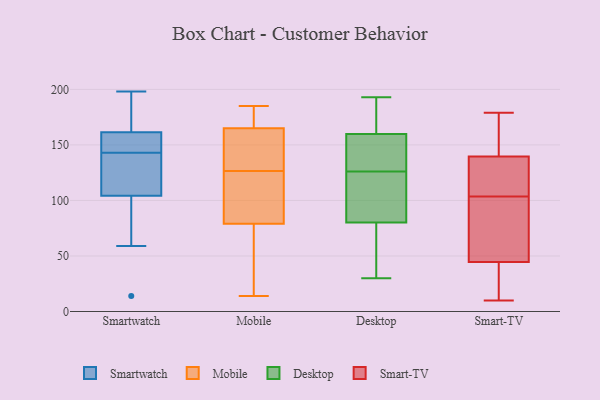
{"axis": {"x": "Demand Index", "y": "Value"}, "legend": ["Desktop", "Mobile", "Smart-TV", "Smartwatch"], "data": [{"x": "", "y": 180, "type": "Smartwatch"}, {"x": "", "y": 66, "type": "Smartwatch"}, {"x": "", "y": 140, "type": "Smartwatch"}, {"x": "", "y": 124, "type": "Smartwatch"}, {"x": "", "y": 160, "type": "Smartwatch"}, {"x": "", "y": 59, "type": "Smartwatch"}, {"x": "", "y": 123, "type": "Smartwatch"}, {"x": "", "y": 144, "type": "Smartwatch"}, {"x": "", "y": 143, "type": "Smartwatch"}, {"x": "", "y": 198, "type": "Smartwatch"}, {"x": "", "y": 14, "type": "Smartwatch"}, {"x": "", "y": 98, "type": "Smartwatch"}, {"x": "", "y": 162, "type": "Smartwatch"}, {"x": "", "y": 156, "type": "Smartwatch"}, {"x": "", "y": 167, "type": "Smartwatch"}, {"x": "", "y": 134, "type": "Mobile"}, {"x": "", "y": 65, "type": "Mobile"}, {"x": "", "y": 61, "type": "Mobile"}, {"x": "", "y": 82, "type": "Mobile"}, {"x": "", "y": 100, "type": "Mobile"}, {"x": "", "y": 158, "type": "Mobile"}, {"x": "", "y": 183, "type": "Mobile"}, {"x": "", "y": 14, "type": "Mobile"}, {"x": "", "y": 122, "type": "Mobile"}, {"x": "", "y": 185, "type": "Mobile"}, {"x": "", "y": 172, "type": "Mobile"}, {"x": "", "y": 76, "type": "Mobile"}, {"x": "", "y": 131, "type": "Mobile"}, {"x": "", "y": 145, "type": "Mobile"}, {"x": "", "y": 87, "type": "Mobile"}, {"x": "", "y": 185, "type": "Mobile"}, {"x": "", "y": 126, "type": "Desktop"}, {"x": "", "y": 42, "type": "Desktop"}, {"x": "", "y": 167, "type": "Desktop"}, {"x": "", "y": 96, "type": "Desktop"}, {"x": "", "y": 148, "type": "Desktop"}, {"x": "", "y": 75, "type": "Desktop"}, {"x": "", "y": 193, "type": "Desktop"}, {"x": "", "y": 30, "type": "Desktop"}, {"x": "", "y": 163, "type": "Desktop"}, {"x": "", "y": 150, "type": "Desktop"}, {"x": "", "y": 96, "type": "Desktop"}, {"x": "", "y": 103, "type": "Smart-TV"}, {"x": "", "y": 10, "type": "Smart-TV"}, {"x": "", "y": 122, "type": "Smart-TV"}, {"x": "", "y": 153, "type": "Smart-TV"}, {"x": "", "y": 138, "type": "Smart-TV"}, {"x": "", "y": 141, "type": "Smart-TV"}, {"x": "", "y": 30, "type": "Smart-TV"}, {"x": "", "y": 94, "type": "Smart-TV"}, {"x": "", "y": 145, "type": "Smart-TV"}, {"x": "", "y": 179, "type": "Smart-TV"}, {"x": "", "y": 104, "type": "Smart-TV"}, {"x": "", "y": 19, "type": "Smart-TV"}, {"x": "", "y": 131, "type": "Smart-TV"}, {"x": "", "y": 94, "type": "Smart-TV"}, {"x": "", "y": 33, "type": "Smart-TV"}, {"x": "", "y": 56, "type": "Smart-TV"}]}